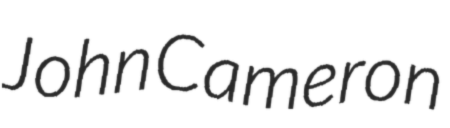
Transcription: John Cameron